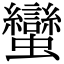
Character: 蠻